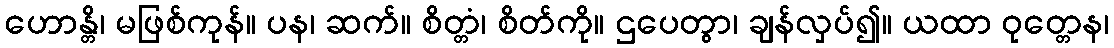
ဟောန္တိ၊ မဖြစ်ကုန်။ ပန၊ ဆက်။ စိတ္တံ၊ စိတ်ကို။ ဌပေတွာ၊ ချန်လှပ်၍။ ယထာ ဝုတ္တေန၊